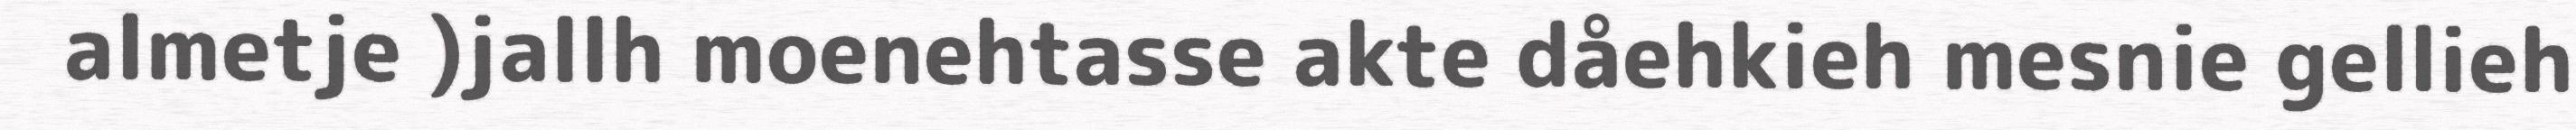
almetje )jallh moenehtasse akte dåehkieh mesnie gellieh